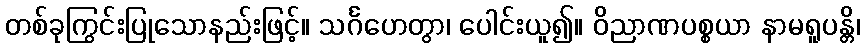
တစ်ခုကြွင်းပြုသောနည်းဖြင့်။ သင်္ဂဟေတွာ၊ ပေါင်းယူ၍။ ဝိညာဏပစ္စယာ နာမရူပန္တိ၊